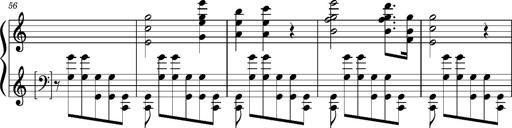
Title: PrÃ©ludes et Harmonies poÃ©tiques et religieuses
Composer: Franz Liszt